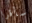
سأقرأ